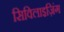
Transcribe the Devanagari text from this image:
सिविलाइज़िंग